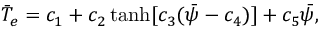
\bar { T } _ { e } = c _ { 1 } + c _ { 2 } \operatorname { t a n h } [ c _ { 3 } ( \bar { \psi } - c _ { 4 } ) ] + c _ { 5 } \bar { \psi } ,